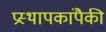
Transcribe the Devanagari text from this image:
प्रस्थापकांपैकी